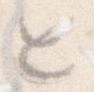
と